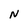
Character: N